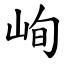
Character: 峋